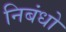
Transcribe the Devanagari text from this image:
निबंधो